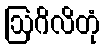
ဩဂိလိတုံ